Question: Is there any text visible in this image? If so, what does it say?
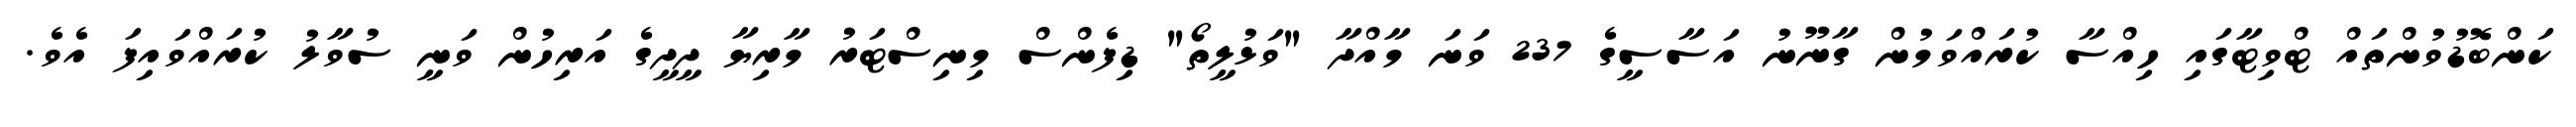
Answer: ކަންބޮޑުވުންތައް ޓްވިޓާގައި ހިއްސާ ކުރައްވަމުން ގާނޫނު އަސާސީގެ 237 ވަނަ މާއްދާ "ވަޅުލީތޯ" ޑިފެންސް މިނިސްޓަރު މާރިޔާ ދީދީގެ އަރިހުން ވަނީ ސުވާލު ކުރައްވައިފަ އެވެ.